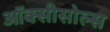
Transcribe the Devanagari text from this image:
ऑक्सीसोल्स